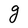
Character: g